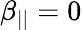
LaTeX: \beta_{||}=0